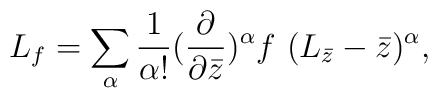
L_f=\sum_\alpha \frac{1}{\alpha !}(\frac{\partial}{\partial\bar z})^\alpha f\ (L_{\bar z}-\bar z)^\alpha,